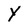
Character: Y